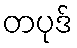
တပုဒ်